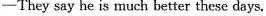
-They say he is much better these days.